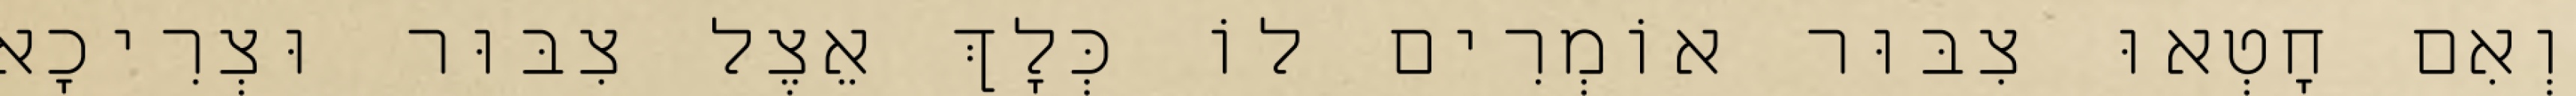
וְאִם חָטְאוּ צִבּוּר אוֹמְרִים לוֹ כְּלָךְ אֵצֶל צִבּוּר וּצְרִיכָא